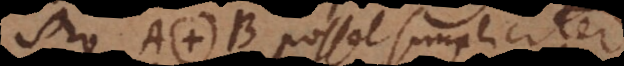
Pro A. B posset simpliciter